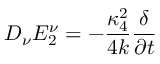
D _ { \nu } E _ { 2 } ^ { \nu } = - { \frac { { \kappa _ { 4 } ^ { 2 } } } { { 4 k } } } { \frac \delta { { \partial t } } }